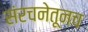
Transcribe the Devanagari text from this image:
संरचनेतूनच